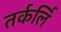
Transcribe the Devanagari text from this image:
तर्कर्लि